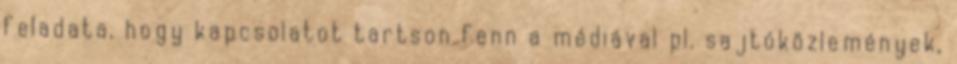
feladata, hogy kapcsolatot tartson fenn a médiával pl. sajtóközlemények,